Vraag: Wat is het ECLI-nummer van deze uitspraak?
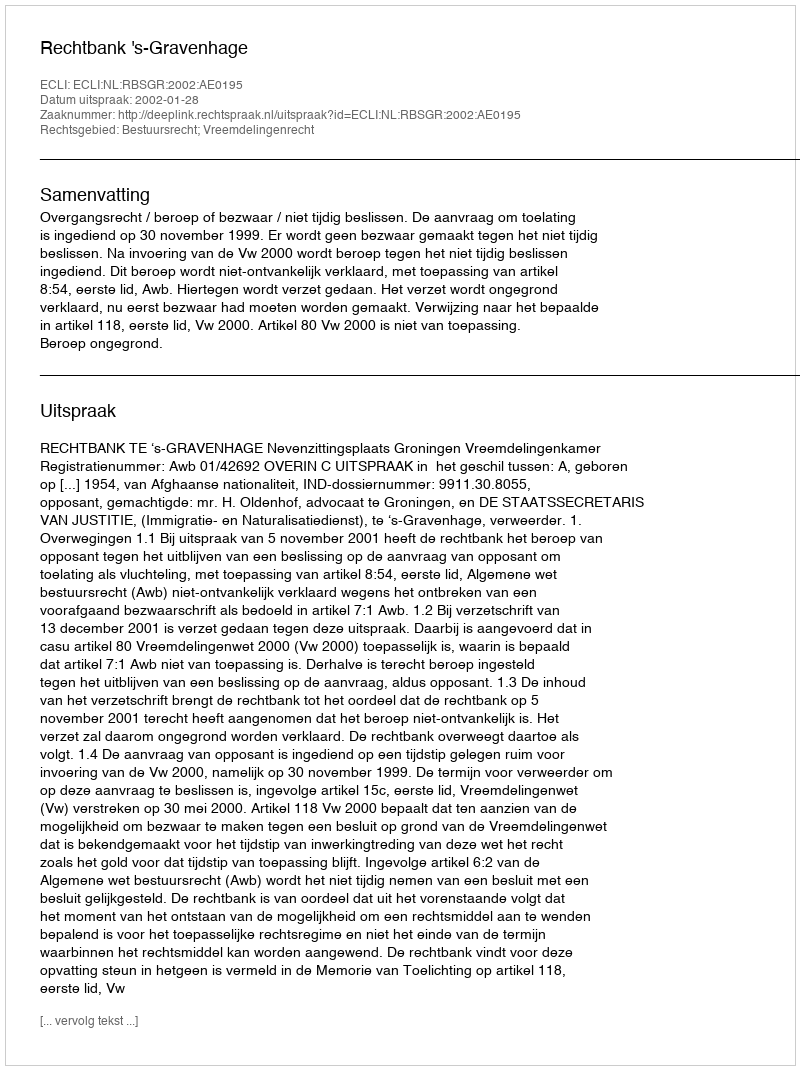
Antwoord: ECLI:NL:RBSGR:2002:AE0195